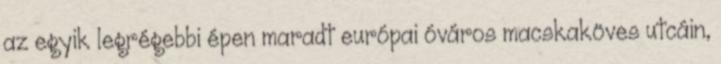
az egyik legrégebbi épen maradt európai óváros macskaköves utcáin,